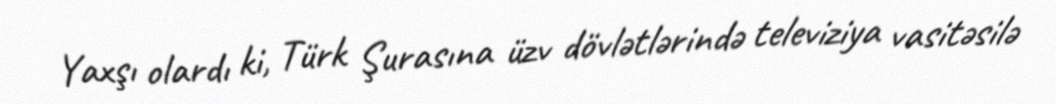
Yaxşı olardı ki, Türk Şurasına üzv dövlətlərində televiziya vasitəsilə